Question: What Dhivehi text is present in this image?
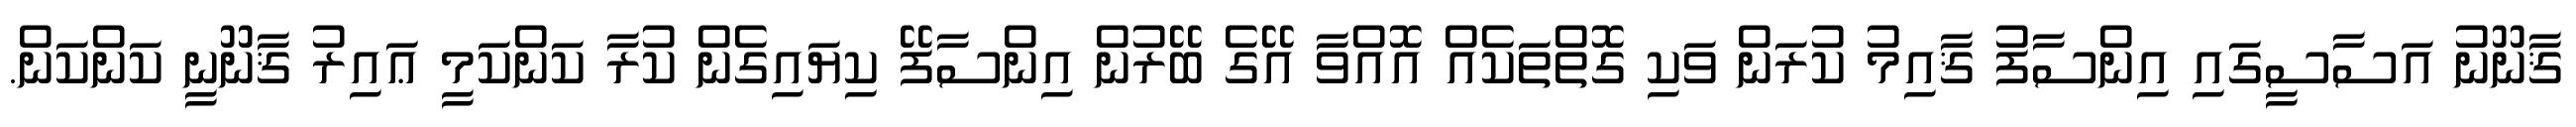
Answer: ޤާނޫނު އަސާސީގައި އިންސާފު ޤާއިމު ކުރަން ވަކި ގޮތްތަކެއް އޮއްވާ އޭގެ ބޭރުން އިންސާފޭ ކިޔައިގެން ކުރާ ކަންކަމީ ޢައިރު ޤާނޫނީ ކަންކަން.